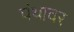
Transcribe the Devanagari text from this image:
पंथावर